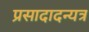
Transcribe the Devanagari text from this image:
प्रसादादन्यत्र